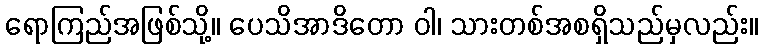
ရောကြည်အဖြစ်သို့။ ပေသိအာဒိတော ဝါ၊ သားတစ်အစရှိသည်မှလည်း။